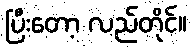
ပြီးတော့ လည်တိုင်။